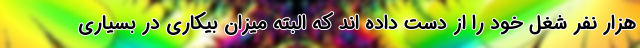
هزار نفر شغل خود را از دست داده اند که البته میزان بیکاری در بسیاری